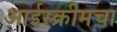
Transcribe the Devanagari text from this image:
आईस्क्रीमचा